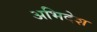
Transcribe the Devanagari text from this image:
अभिदेश